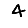
Digit: 4